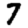
Digit: 7